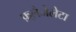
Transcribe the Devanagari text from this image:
फ़्लैजेलेटा